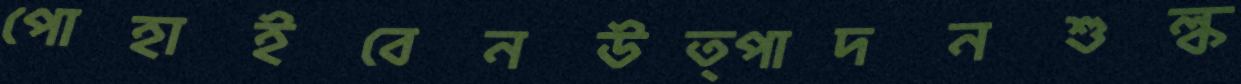
পোহাইবেনউত্পাদনশুল্ক